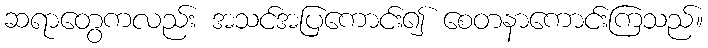
ဆရာတွေကလည်း အသင်အပြကောင်း၍ စေတနာကောင်းကြသည်။